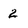
Character: 2